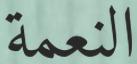
النعمة